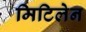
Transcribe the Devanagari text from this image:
मिटिलेन